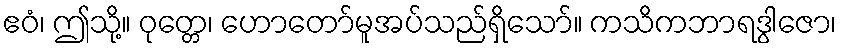
ဧဝံ၊ ဤသို့။ ဝုတ္တေ၊ ဟောတော်မူအပ်သည်ရှိသော်။ ကသိကဘာရဒွါဇော၊